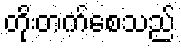
တိုးတက်စေသည်